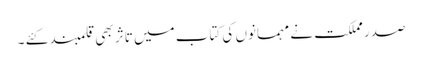
صدر مملکت نے مہمانوں کی کتاب میں تاثر بھی قلمبند کئے ۔